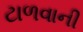
ટાળવાની